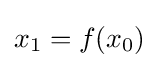
x_{1}=f(x_{0})